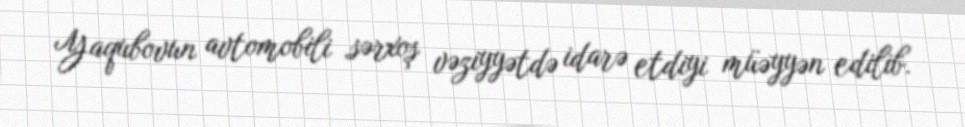
Yaqubovun avtomobili sərxoş vəziyyətdə idarə etdiyi müəyyən edilib.